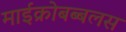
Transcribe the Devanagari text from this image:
माईक्रोबब्बलस